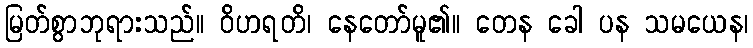
မြတ်စွာဘုရားသည်။ ဝိဟရတိ၊ နေတော်မူ၏။ တေန ခေါ ပန သမယေန၊